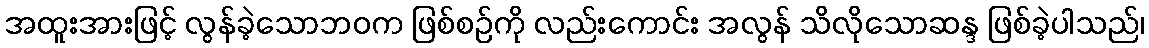
အထူးအားဖြင့် လွန်ခဲ့သောဘဝက ဖြစ်စဉ်ကို လည်းကောင်း အလွန် သိလိုသောဆန္ဒ ဖြစ်ခဲ့ပါသည်၊